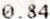
0.84